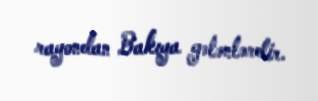
rayondan Bakıya gələnlərdir.